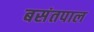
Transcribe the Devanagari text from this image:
बसंतपाल